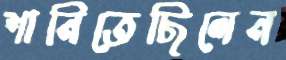
শানিতেছিলেন